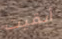
أبقيت